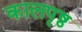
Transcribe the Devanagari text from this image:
कालपृष्ठ